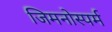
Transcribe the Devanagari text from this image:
जिमनोस्पर्म